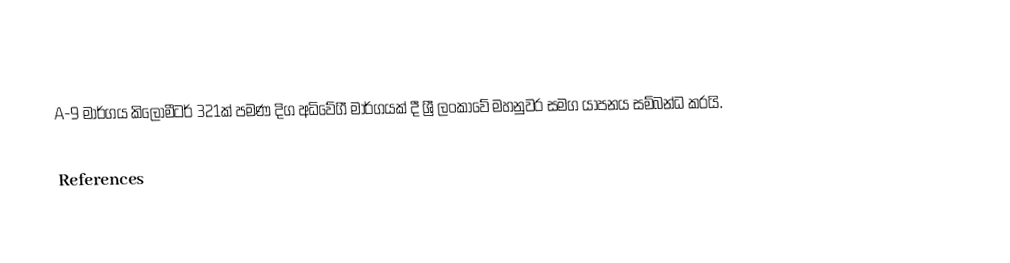
A-9 මාර්ගය කිලෝමීටර් 321ක් පමණ දිග අධිවේගී මාර්ගයක් දී ශ්‍රී ලංකාවේ මහනුවර සමග යාපනය සම්බන්ධ කරයි.

References